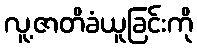
လူ့ဇာတိခံယူခြင်းကို